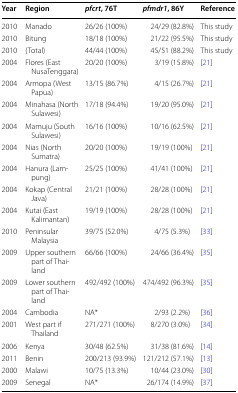
| Year | Region | pfcrt, 76T | pfmdr1, 86Y | Reference |
 | --- | --- | --- | --- | --- |
 | 2010 | Manado | 26/26 (100%) | 24/29 (82.8%) | This study |
 | 2010 | Bitung | 18/18 (100%) | 21/22 (95.5%) | This study |
 | 2010 | (Total) | 44/44 (100%) | 45/51 (88.2%) | This study |
 | 2004 | Flores (East NusaTenggara) | 20/20 (100%) | 3/19 (15.8%) | [21] |
 | 2004 | Armopa (West Papua) | 13/15 (86.7%) | 4/15 (26.7%) | [21] |
 | 2004 | Minahasa (North Sulawesi) | 17/18 (94.4%) | 19/20 (95.0%) | [21] |
 | 2004 | Mamuju (South Sulawesi) | 16/16 (100%) | 10/16 (62.5%) | [21] |
 | 2004 | Nias (North Sumatra) | 20/20 (100%) | 19/19 (100%) | [21] |
 | 2004 | Hanura (Lampung) | 25/25 (100%) | 41/41 (100%) | [21] |
 | 2004 | Kokap (Central Java) | 21/21 (100%) | 28/28 (100%) | [21] |
 | 2004 | Kutai (East Kalimantan) | 19/19 (100%) | 28/28 (100%) | [21] |
 | 2010 | Peninsular Malaysia | 39/75 (52.0%) | 4/75 (5.3%) | [33] |
 | 2009 | Upper southern part of Thailand | 66/66 (100%) | 24/66 (36.4%) | [35] |
 | 2009 | Lower southern part of Thailand | 492/492 (100%) | 474/492 (96.3%) | [35] |
 | 2004 | Cambodia | NA* | 2/93 (2.2%) | [36] |
 | 2001 | West part if Thailand | 271/271 (100%) | 8/270 (3.0%) | [34] |
 | 2006 | Kenya | 30/48 (62.5%) | 31/38 (81.6%) | [14] |
 | 2011 | Benin | 200/213 (93.9%) | 121/212 (57.1%) | [13] |
 | 2000 | Malawi | 10/75 (13.3%) | 10/44 (23.0%) | [30] |
 | 2009 | Senegal | NA* | 26/174 (14.9%) | [37] |